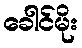
ခေါင်မိုး